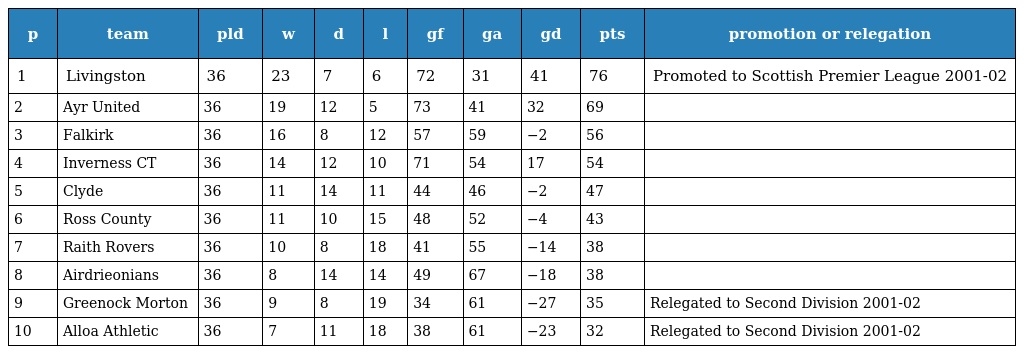
| p | team | pld | w | d | l | gf | ga | gd | pts | promotion or relegation |
 | --- | --- | --- | --- | --- | --- | --- | --- | --- | --- | --- |
 | 1 | Livingston | 36 | 23 | 7 | 6 | 72 | 31 | 41 | 76 | Promoted to Scottish Premier League 2001-02 |
 | 2 | Ayr United | 36 | 19 | 12 | 5 | 73 | 41 | 32 | 69 |  |
 | 3 | Falkirk | 36 | 16 | 8 | 12 | 57 | 59 | −2 | 56 |  |
 | 4 | Inverness CT | 36 | 14 | 12 | 10 | 71 | 54 | 17 | 54 |  |
 | 5 | Clyde | 36 | 11 | 14 | 11 | 44 | 46 | −2 | 47 |  |
 | 6 | Ross County | 36 | 11 | 10 | 15 | 48 | 52 | −4 | 43 |  |
 | 7 | Raith Rovers | 36 | 10 | 8 | 18 | 41 | 55 | −14 | 38 |  |
 | 8 | Airdrieonians | 36 | 8 | 14 | 14 | 49 | 67 | −18 | 38 |  |
 | 9 | Greenock Morton | 36 | 9 | 8 | 19 | 34 | 61 | −27 | 35 | Relegated to Second Division 2001-02 |
 | 10 | Alloa Athletic | 36 | 7 | 11 | 18 | 38 | 61 | −23 | 32 | Relegated to Second Division 2001-02 |